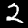
Digit: 2